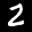
Label: 2